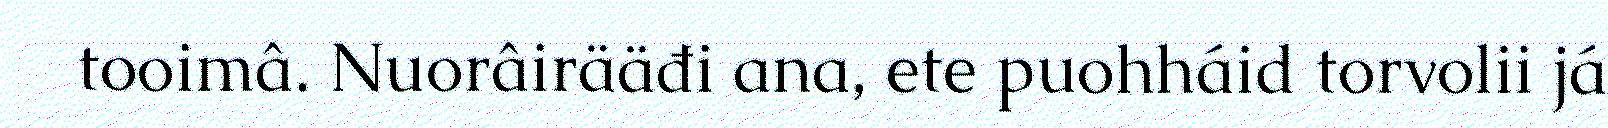
tooimâ. Nuorâirääđi ana, ete puohháid torvolii já